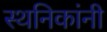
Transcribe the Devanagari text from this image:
स्थनिकांनी